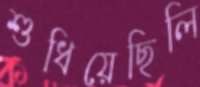
শুধিয়েছিলি